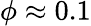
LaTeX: \phi\approx 0.1